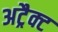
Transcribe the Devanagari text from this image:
अट्रैक्ट